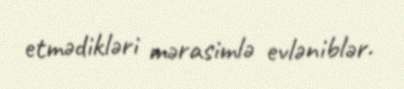
etmədikləri mərasimlə evləniblər.